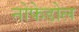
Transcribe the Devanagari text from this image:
नोफेडोल